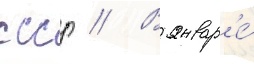
ссср // В январ'е́